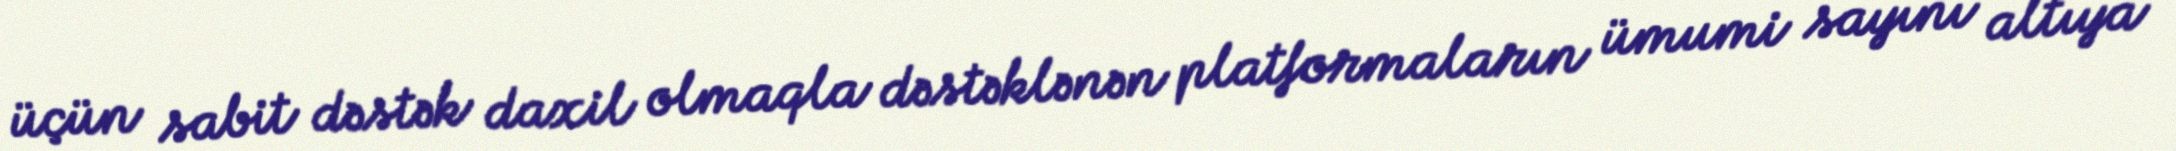
üçün sabit dəstək daxil olmaqla dəstəklənən platformaların ümumi sayını altıya